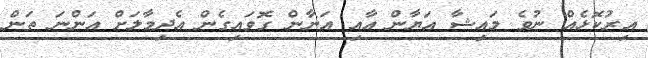
އިރުކޮޅެއް ނުވެ މައިޝާ އަޔާން އާއި އަނާން ގޮވައިގެން އެދިމާލަށް އަންނަ ތަން